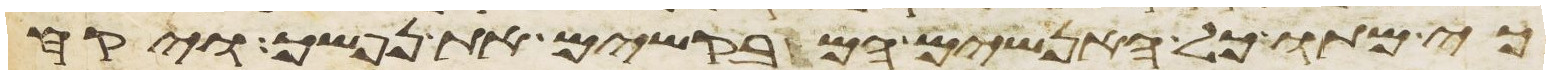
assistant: כי מתו כל האנשים המבקשים את נפשך ויקח